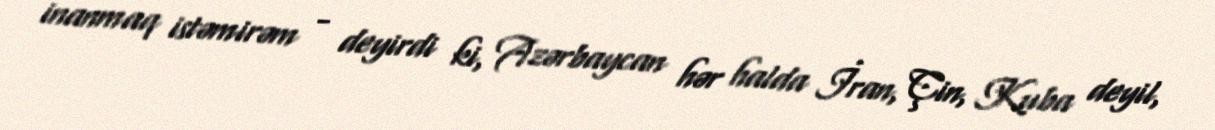
inanmaq istəmirəm - deyirdi ki, Azərbaycan hər halda İran, Çin, Kuba deyil,